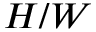
H / W